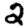
Digit: 2